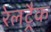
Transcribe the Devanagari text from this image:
रेलट्रैक